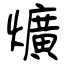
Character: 爌